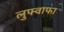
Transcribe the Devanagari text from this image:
लुफ्वाफा